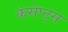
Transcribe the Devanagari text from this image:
कंसेप्ट्स